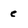
Character: e